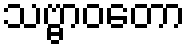
သဗ္ဗာဝတော